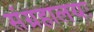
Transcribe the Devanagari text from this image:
संग्रहालयः